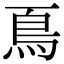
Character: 𩾏